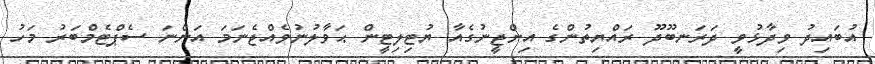
އުބައިދު ވިދާޅުވީ ދަރަނބޫދޫ ރައްޔިތުންގެ އިންޖީނުގެއާ ޔުޓިލިޓީން ޙަވާލުނުވެއްޖެނަމަ އަންނަ ސެޕްޓެމްބަރު މަހު